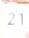
21